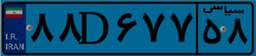
۸۸D۶۷۷۵۸